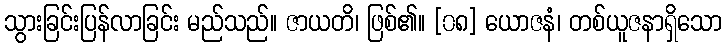
သွားခြင်းပြန်လာခြင်း မည်သည်။ ဇာယတိ၊ ဖြစ်၏။ [၀၈] ယောဇနံ၊ တစ်ယူဇနာရှိသော